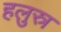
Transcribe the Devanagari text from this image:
हलुस्र